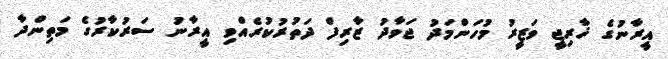
އީރާނުގެ ޚާރިޖީ ވަޒީރު މުހަންމަދު ޖަވާދު ޒާރިފް ދަތުރުކުރެއްވި އީރާނު ސަރުކާރުގެ މަތިންދާ